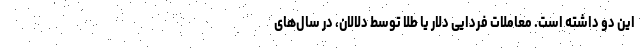
این دو داشته است. معاملات فردایی دلار یا طلا توسط دلالان، در سال‌های